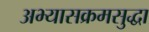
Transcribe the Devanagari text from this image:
अभ्यासक्रमसुद्धा